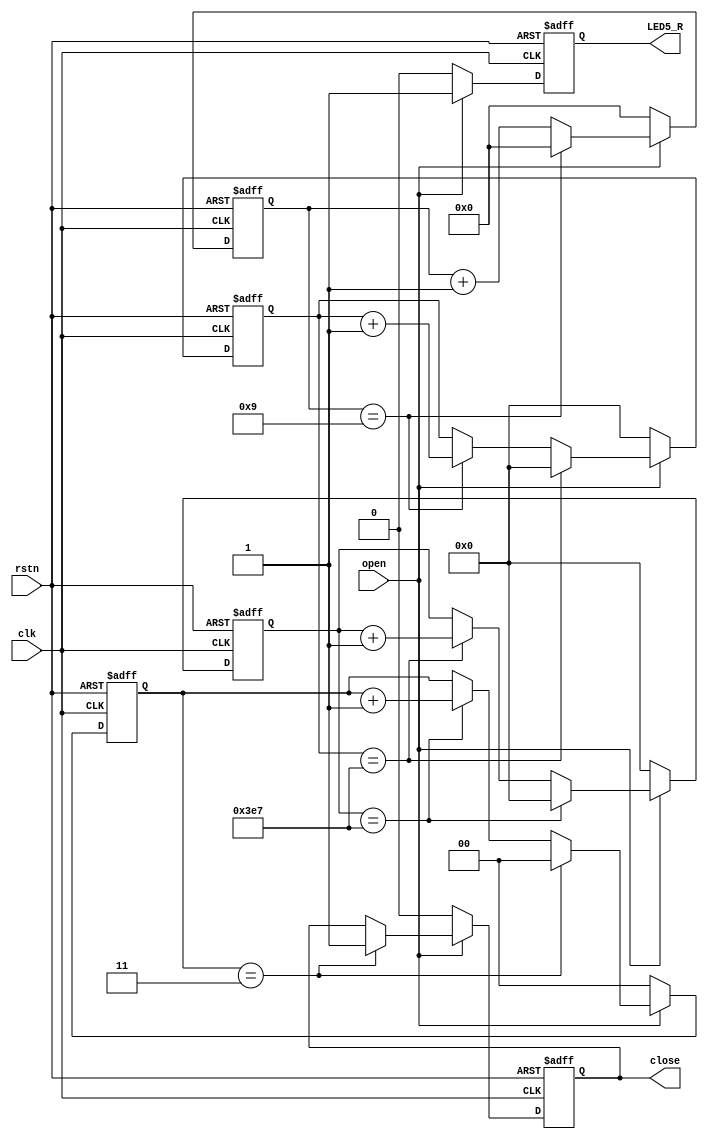
//==============================================================================
// Module name: opendoor
// Description: ??????
//LED5_Rtop???
// -------------------------------------------------
// Modification log here:
// Author     :
// Date       : 
// Message    :
//==============================================================================
module opendoor
#(
  parameter  STATE = 4
)
(
  input                 clk,
  input                 rstn,

  input                 open,

  output  reg           LED5_R,

  output  reg           close
);

  reg  [6:0]  cnt100;
  reg  [9:0]  cnt1000us;
  reg  [9:0]  cnt1000ms;
  reg  [1:0]  cnt4s;

  always@(posedge clk or negedge rstn) begin //100 * 10 = 1000 ns = 1us
    if(!rstn) begin
      cnt100 <= 7'd0;
    end
    else if(open) begin
      if(cnt100 == 7'd9) begin
        cnt100 <= 7'd0;
      end
      else begin
        cnt100 <= cnt100 + 1'b1;
      end
    end
    else begin
      cnt100 <= 7'd0;
    end
  end

  always@(posedge clk or negedge rstn) begin //1 * 1000 = 1000 us = 1ms
    if(!rstn) begin
      cnt1000us <= 10'd0;
    end
    else if(open) begin
      if(cnt1000us == 10'd999) begin
        cnt1000us <= 10'd0;
      end
      else if(cnt100 == 7'd9) begin
        cnt1000us <= cnt1000us + 1'b1;
      end
    end
    else begin
      cnt1000us <= 10'd0;
    end
  end

  always@(posedge clk or negedge rstn) begin //1 * 1000 = 1000 ms = 1s
    if(!rstn) begin
      cnt1000ms <= 10'd0;
    end
    else if(open) begin
      if(cnt1000ms == 10'd999) begin
        cnt1000ms <= 10'd0;
      end
      else if(cnt1000us == 10'd999) begin
        cnt1000ms <= cnt1000ms + 1'b1;
      end
    end
    else begin
      cnt1000ms <= 10'd0;
    end
  end

  always@(posedge clk or negedge rstn) begin //1s * 4 = 4s
    if(!rstn) begin
      close  <= 1'b0;
      cnt4s  <= 2'b00;
    end
    else if(open) begin
      if(cnt4s == 2'd3) begin
        cnt4s <= 2'd0;
        close <= 1'b1;
      end
      else if(cnt1000ms == 10'd999) begin
        cnt4s <= cnt4s + 1'b1;
      end
    end
    else begin
      close  <= 1'b0;
      cnt4s  <= 2'b00;
    end
  end

  always@(posedge clk or negedge rstn)  begin
    if(!rstn) 
      LED5_R <= 1'b0;
    else if(open)
      LED5_R <= 1'b1;
    else 
      LED5_R <= 1'b0;
  end

endmodule